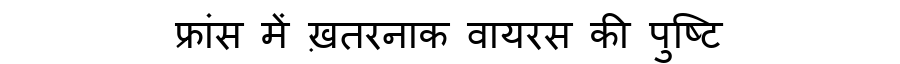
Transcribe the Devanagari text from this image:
फ्रांस में ख़तरनाक वायरस की पुष्टि